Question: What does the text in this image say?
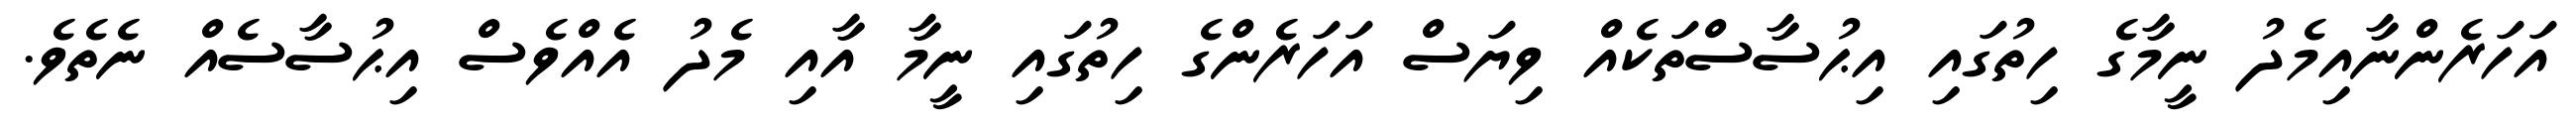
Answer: އަހަރެންނާއިމެދު ނީމާގެ ހިތުގައި އިޙުސާސްތަކެއް ވިޔަސް އަހަރެންގެ ހިތުގައި ނީމާ އާއި މެދު އެއްވެސް އިޙުސާސެއް ނެތެވެ.